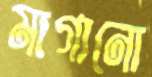
মাগানো